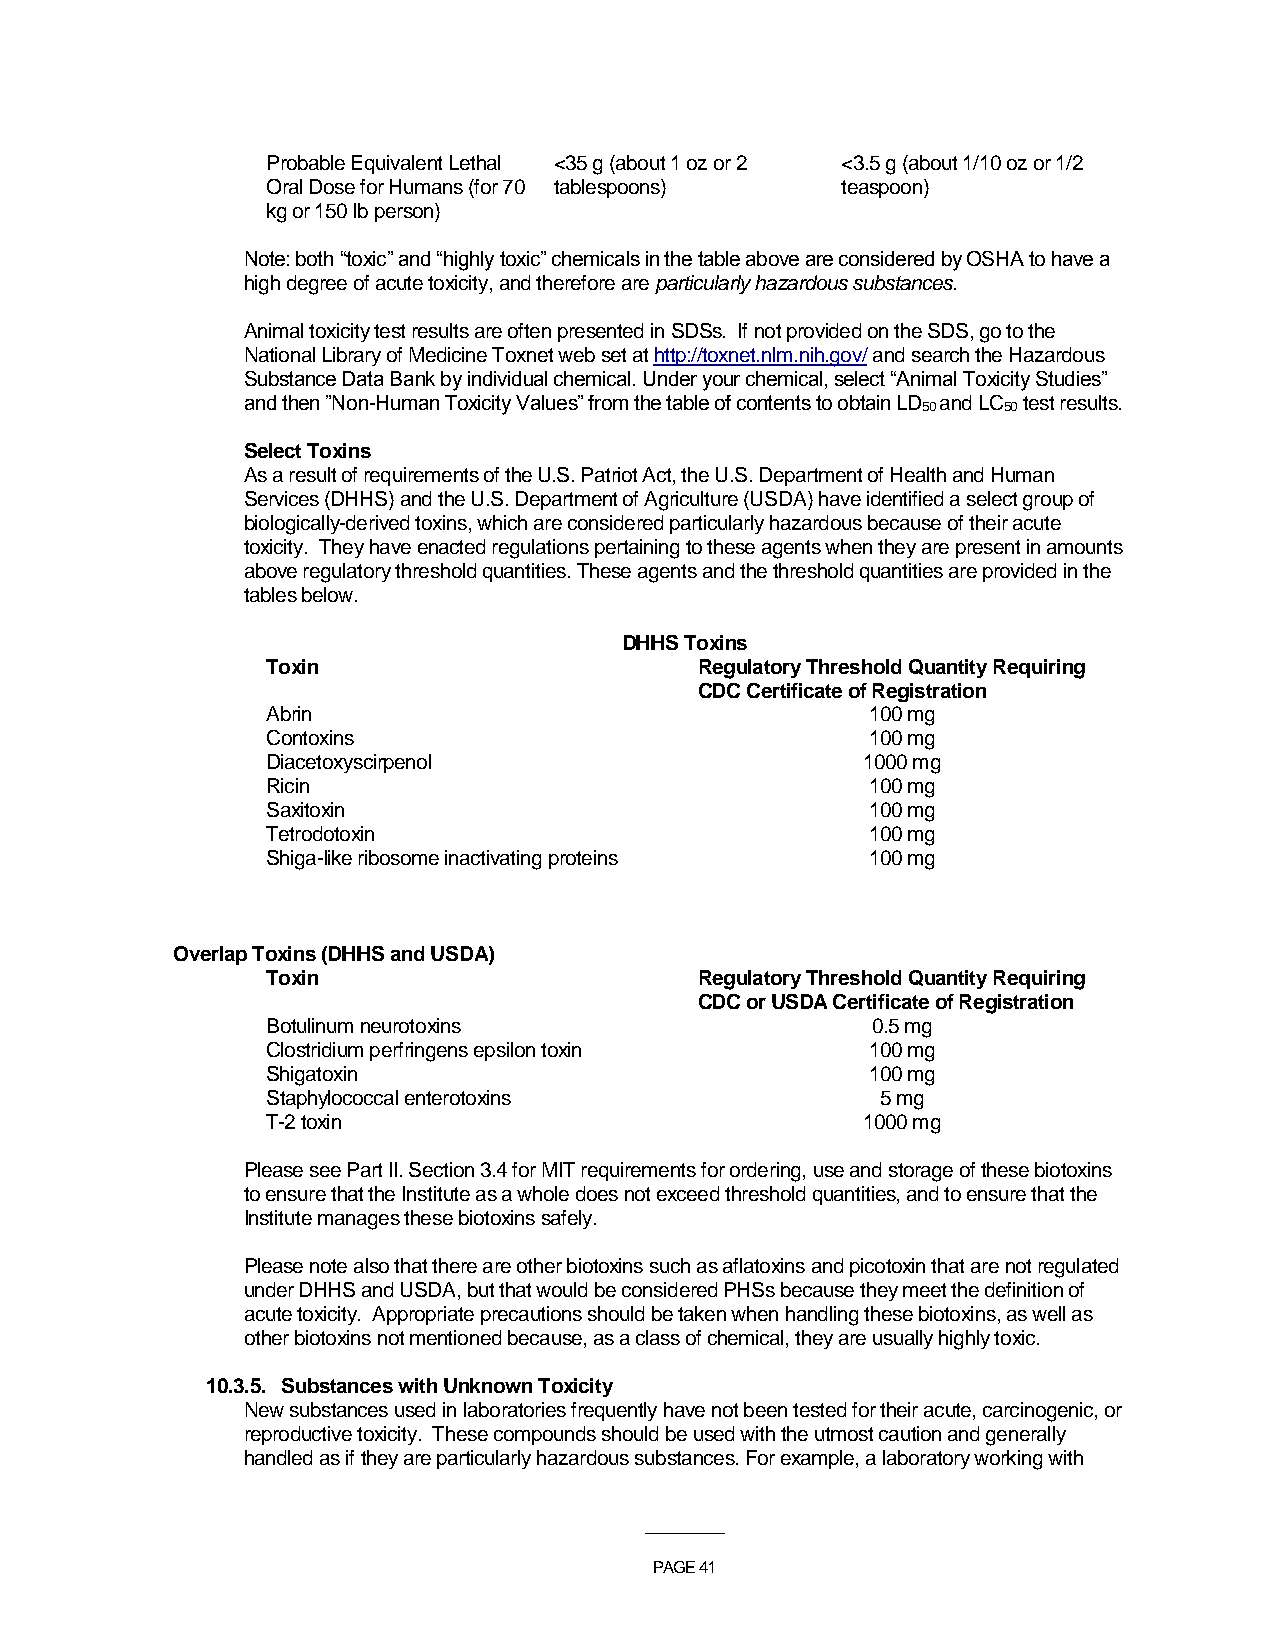
Probable Equivalent Lethal <35 g (about 1 oz or 2 <3.5 g (about 1/10 oz or 1/2
 Oral Dose for Humans (for 70 tablespoons) teaspoon)
 kg or 150 lb person)
 Note: both “toxic” and “highly toxic” chemicals in the table above are considered by OSHA to have a
 high degree of acute toxicity, and therefore are particularly hazardous substances.
 Animal toxicity test results are often presented in SDSs. If not provided on the SDS, go to the
 National Library of Medicine Toxnet web set at http://toxnet.nlm.nih.gov/ and search the Hazardous
 Substance Data Bank by individual chemical. Under your chemical, select “Animal Toxicity Studies”
 and then ”Non-Human Toxicity Values” from the table of contents to obtain LD and LC test results.
 50   50
 Select Toxins
 As a result of requirements of the U.S. Patriot Act, the U.S. Department of Health and Human
 Services (DHHS) and the U.S. Department of Agriculture (USDA) have identified a select group of
 biologically-derived toxins, which are considered particularly hazardous because of their acute
 toxicity. They have enacted regulations pertaining to these agents when they are present in amounts
 above regulatory threshold quantities. These agents and the threshold quantities are provided in the
 tables below.
 DHHS Toxins
 Toxin                       Regulatory Threshold Quantity Requiring
 CDC Certificate of Registration
 Abrin                                   100 mg
 Contoxins                               100 mg
 Diacetoxyscirpenol                     1000 mg
 Ricin                                   100 mg
 Saxitoxin                               100 mg
 Tetrodotoxin                            100 mg
 Shiga-like ribosome inactivating proteins 100 mg
 Overlap Toxins (DHHS and USDA)
 Toxin                       Regulatory Threshold Quantity Requiring
 CDC or USDA Certificate of Registration
 Botulinum neurotoxins                   0.5 mg
 Clostridium perfringens epsilon toxin   100 mg
 Shigatoxin                              100 mg
 Staphylococcal enterotoxins             5 mg
 T-2 toxin                              1000 mg
 Please see Part II. Section 3.4 for MIT requirements for ordering, use and storage of these biotoxins
 to ensure that the Institute as a whole does not exceed threshold quantities, and to ensure that the
 Institute manages these biotoxins safely.
 Please note also that there are other biotoxins such as aflatoxins and picotoxin that are not regulated
 under DHHS and USDA, but that would be considered PHSs because they meet the definition of
 acute toxicity. Appropriate precautions should be taken when handling these biotoxins, as well as
 other biotoxins not mentioned because, as a class of chemical, they are usually highly toxic.
 10.3.5. Substances with Unknown Toxicity
 New substances used in laboratories frequently have not been tested for their acute, carcinogenic, or
 reproductive toxicity. These compounds should be used with the utmost caution and generally
 handled as if they are particularly hazardous substances. For example, a laboratory working with
 ___________
 PAGE 41